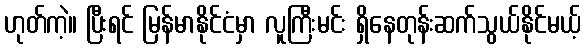
ဟုတ်ကဲ့။ ပြီးရင် မြန်မာနိုင်ငံမှာ လူကြီးမင်း ရှိနေတုန်းဆက်သွယ်နိုင်မယ့်